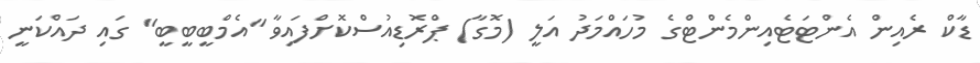
ޑާކް ރެއިން އެންޓަޓެއިންމެންޓްގެ މުހައްމަދު އަލީ (މޮގާ) ޕްރޮޑިއުސްކޮށްފައިވާ "އެމްބީބީބީ" ގައި ދައްކަނީ